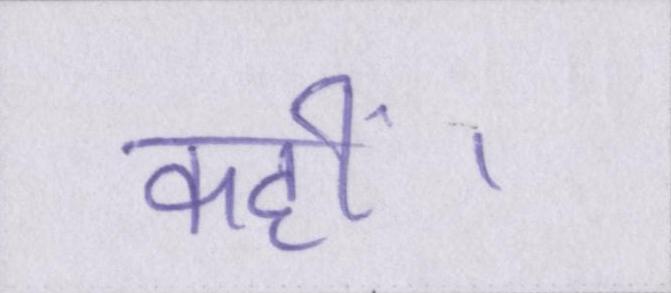
कहीं।